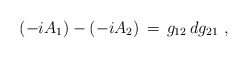
\begin{align*}(-iA_1)-(-iA_2)\, =\, g_{12}\, dg_{21} \ ,\end{align*}